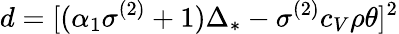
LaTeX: d=[(\alpha_{1}\sigma^{(2)}+1)\Delta_{*}-\sigma^{(2)}c_{V}\rho\theta]^{2}